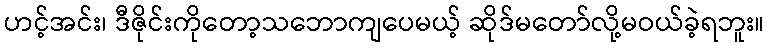
ဟင့်အင်း၊ ဒီဇိုင်းကိုတော့သဘောကျပေမယ့် ဆိုဒ်မတော်လို့မဝယ်ခဲ့ရဘူး။